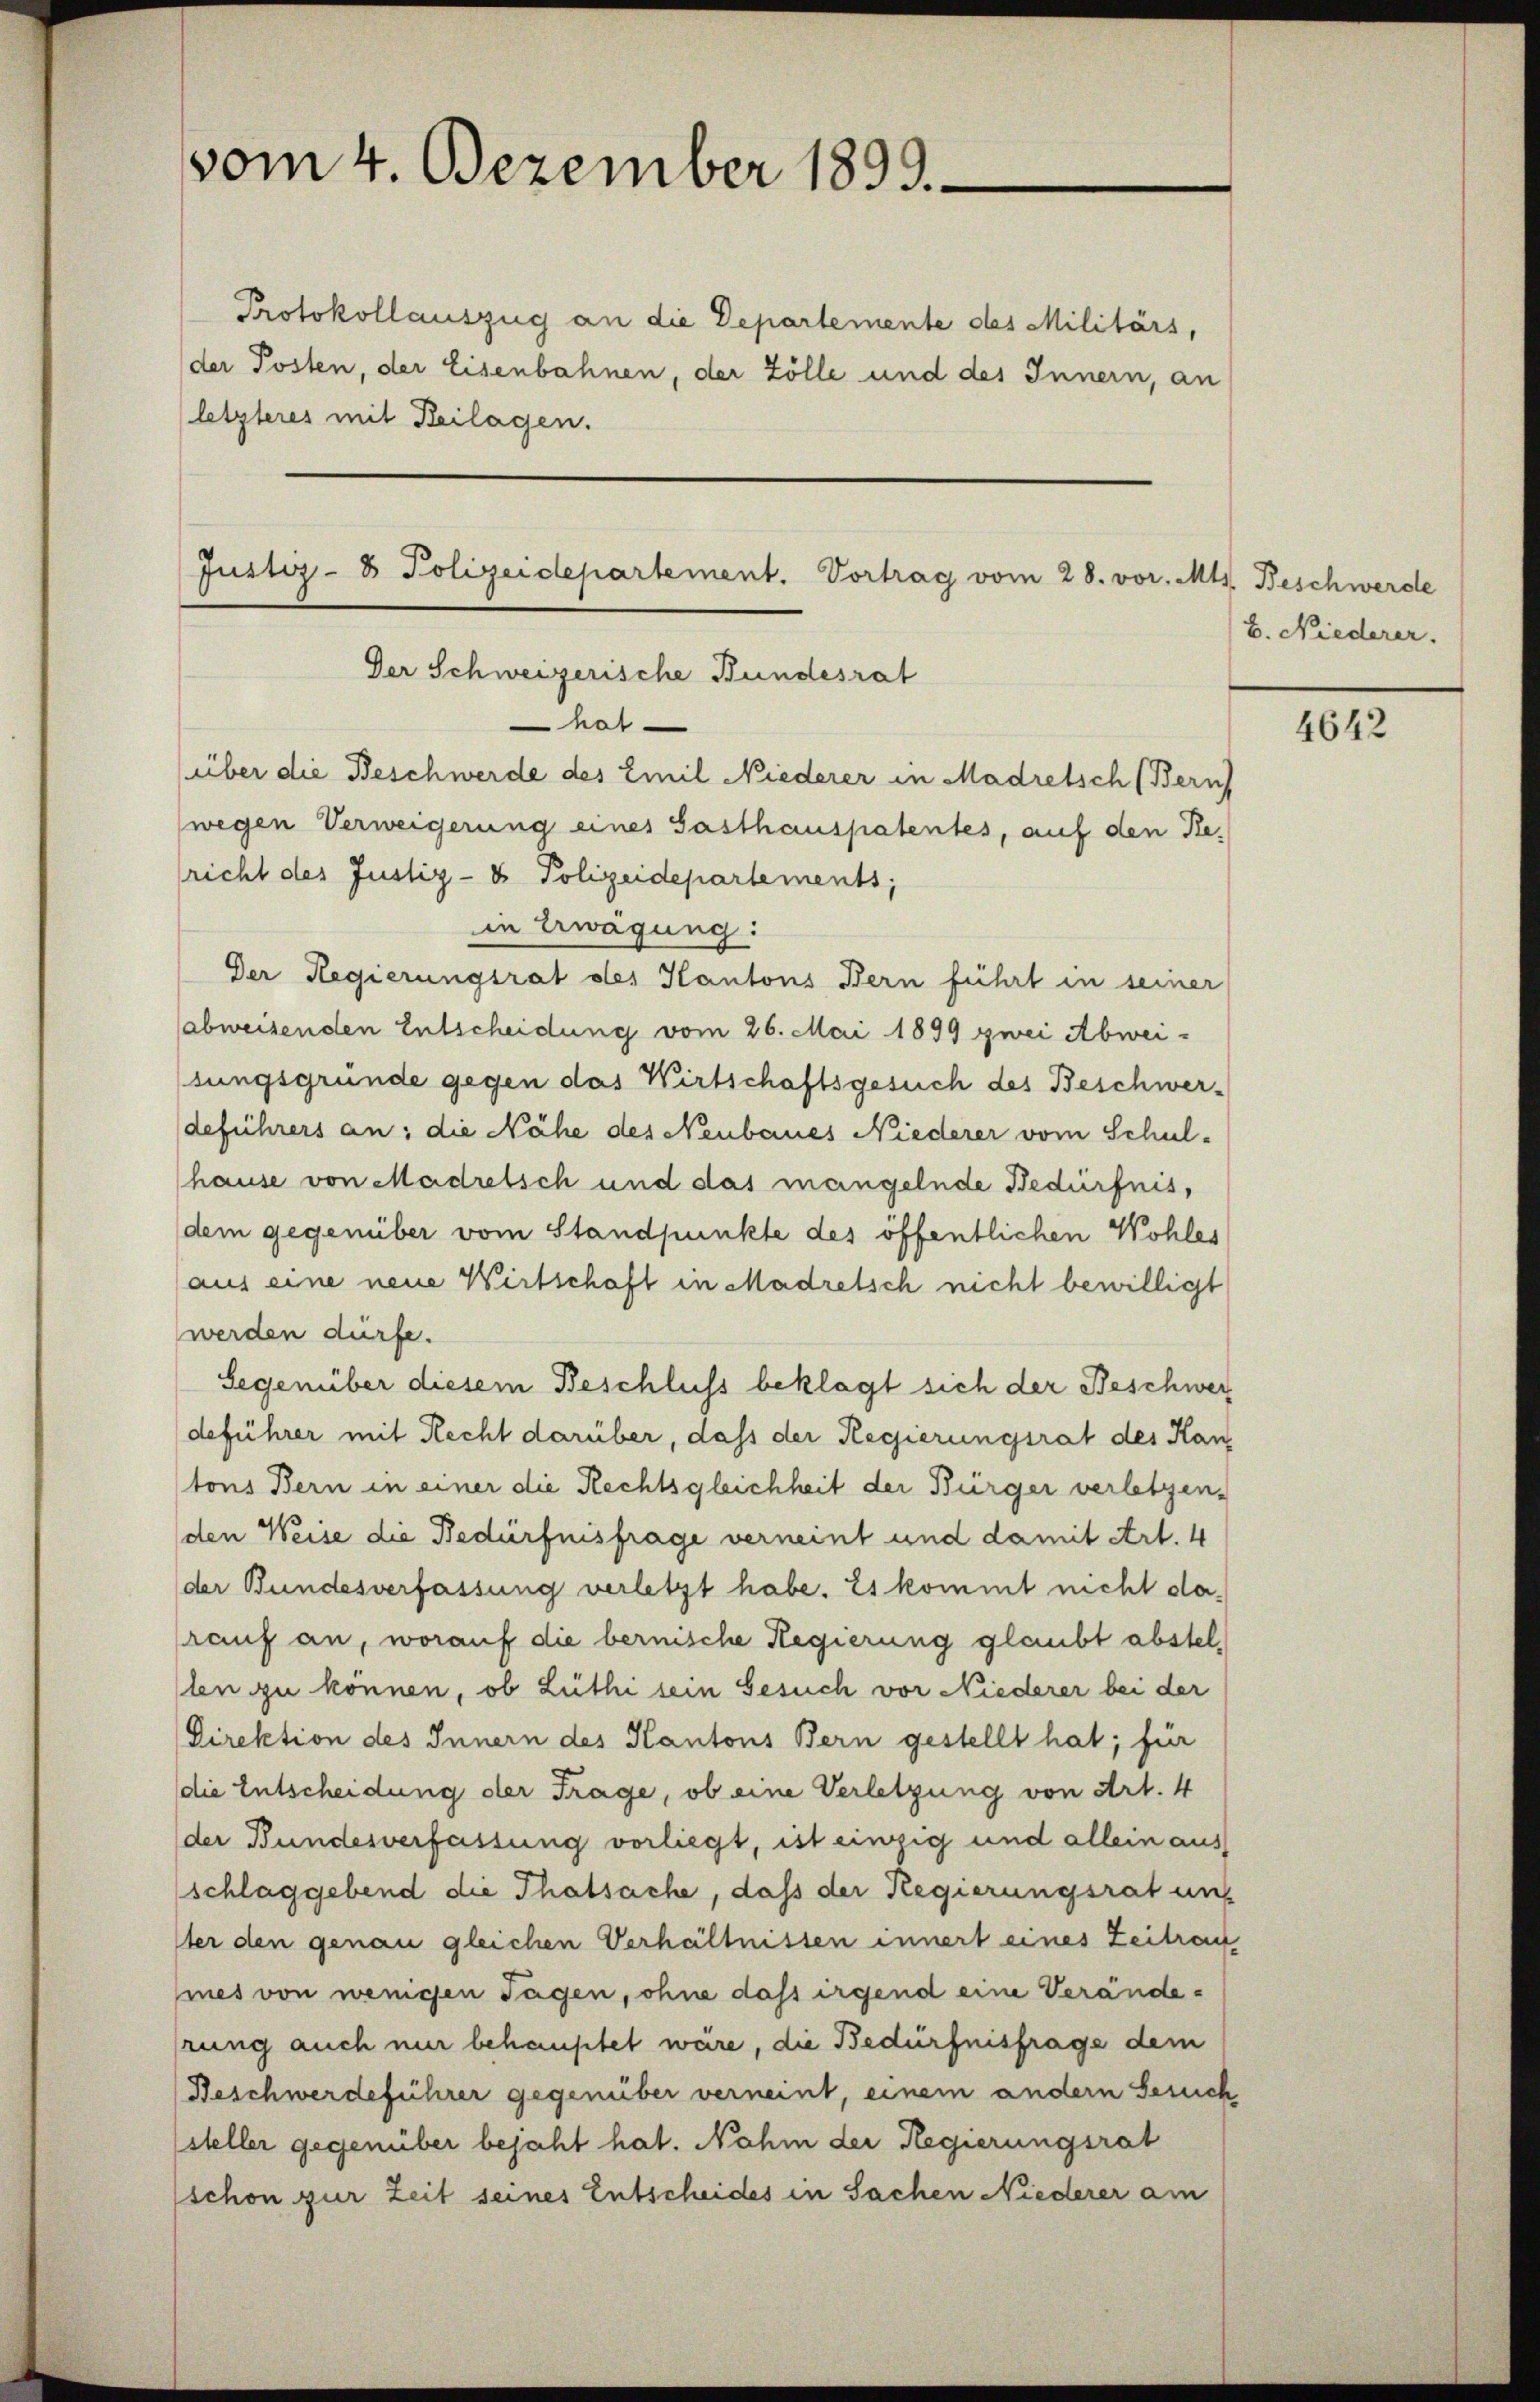
vom 4. Dezember 1899.

Protokollauszug an die Departemente des Militärs,
der Posten, der Eisenbahnen, der Zölle und des Innern, an
letzteres mit Beilagen.

Justiz- & Polizeidepartement. Vortrag vom 28. vor. Mts. Beschwerde
Der Schweizerische Bundesrat

hat
über die Beschwerde des Emil Niederer in Madretsch (Bern
wegen Verweigerung eines Gasthauspatentes, auf den Rericht des Justiz- & Polizeidepartements;
in Erwägung:
Der Regierungsrat des Kantons Bern führt in seiner
abweisenden Entscheidung vom 26. Mai 1899 zwei Abweisungsgründe gegen das Wirtschaftsgesuch des Beschwer-
deführers an: die Nähe des Neubaues Niederer vom Schulhause von Madretsch und das mangelnde Bedürfnis,
dem gegenüber vom Standpunkte des öffentlichen Wohles
aus eine neue Wirtschaft in Madretsch nicht bewilligt
werden dürfe.
Gegenüber diesem Beschluss beklagt sich der Beschwer
deführer mit Recht darüber, dass der Regierungsrat des Hantons Bern in einer die Rechtsgleichheit der Bürger verletzen,
den Weise die Bedürfnisfrage verneint und damit Art. 4
der Bundesverfassung verletzt habe. Es kommt nicht darauf an, worauf die bernische Regierung glaubt abstellen zu können, ob Lüthi sein Gesuch vor Niederer bei der
Direktion des Innern des Kantons Bern gestellt hat; für
die Entscheidung der Frage, ob eine Verletzung von Art. 4
der Bundesverfassung vorliegt, ist einzig und allein aus
schlaggebend die Thatsache, daß der Regierungsrat uns
ter den genau gleichen Verhältnissen innert eines Zeitrau
mes von wenigen Tagen, ohne dass irgend eine Veränderung auch nur behauptet wäre, die Bedürfnisfrage dem
Beschwerdeführer gegenüber verneint, einem andern Gesuch
steller gegenüber bejaht hat. Nahm der Regierungsrat
schon zur Zeit seines Entscheides in Sachen Niederer am

b. Niederer.

4642